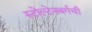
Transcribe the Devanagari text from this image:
स्टोल्टेनबर्गची